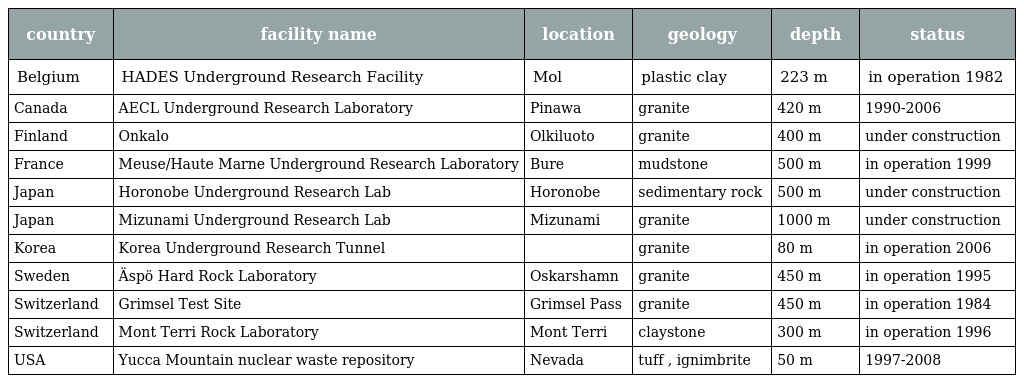
| country | facility name | location | geology | depth | status |
 | --- | --- | --- | --- | --- | --- |
 | Belgium | HADES Underground Research Facility | Mol | plastic clay | 223 m | in operation 1982 |
 | Canada | AECL Underground Research Laboratory | Pinawa | granite | 420 m | 1990-2006 |
 | Finland | Onkalo | Olkiluoto | granite | 400 m | under construction |
 | France | Meuse/Haute Marne Underground Research Laboratory | Bure | mudstone | 500 m | in operation 1999 |
 | Japan | Horonobe Underground Research Lab | Horonobe | sedimentary rock | 500 m | under construction |
 | Japan | Mizunami Underground Research Lab | Mizunami | granite | 1000 m | under construction |
 | Korea | Korea Underground Research Tunnel |  | granite | 80 m | in operation 2006 |
 | Sweden | Äspö Hard Rock Laboratory | Oskarshamn | granite | 450 m | in operation 1995 |
 | Switzerland | Grimsel Test Site | Grimsel Pass | granite | 450 m | in operation 1984 |
 | Switzerland | Mont Terri Rock Laboratory | Mont Terri | claystone | 300 m | in operation 1996 |
 | USA | Yucca Mountain nuclear waste repository | Nevada | tuff , ignimbrite | 50 m | 1997-2008 |